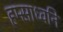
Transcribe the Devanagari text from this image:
हम्साध्वनि